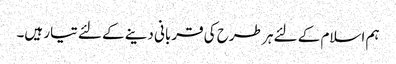
ہم اسلام کے لئے ہر طرح کی قربانی دینے کے لئے تیار ہیں۔